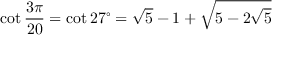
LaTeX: \cot { \frac { 3 \pi } { 2 0 } } = \cot 2 7 ^ { \circ } = { \sqrt { 5 } } - 1 + { \sqrt { 5 - 2 { \sqrt { 5 } } } }